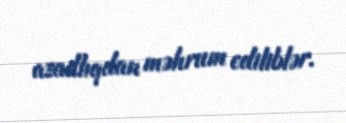
azadlıqdan məhrum ediliblər.